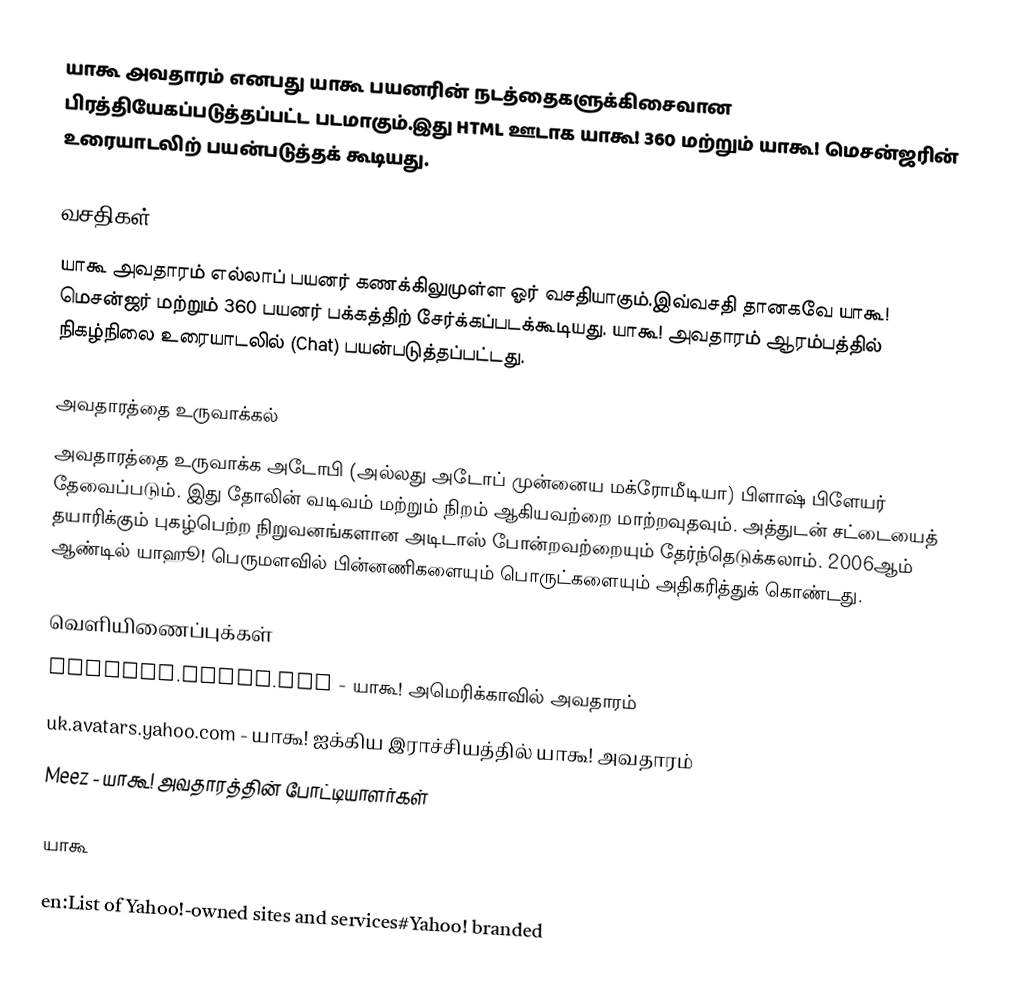
யாகூ அவதாரம் எனபது யாகூ பயனரின் நடத்தைகளுக்கிசைவான பிரத்தியேகப்படுத்தப்பட்ட படமாகும்.இது HTML ஊடாக யாகூ! 360 மற்றும் யாகூ! மெசன்ஜரின் உரையாடலிற் பயன்படுத்தக் கூடியது.

வசதிகள்
யாகூ அவதாரம் எல்லாப் பயனர் கணக்கிலுமுள்ள ஓர் வசதியாகும்.இவ்வசதி தானகவே யாகூ! மெசன்ஜர் மற்றும் 360 பயனர் பக்கத்திற் சேர்க்கப்படக்கூடியது. யாகூ! அவதாரம் ஆரம்பத்தில் நிகழ்நிலை உரையாடலில் (Chat) பயன்படுத்தப்பட்டது.

அவதாரத்தை உருவாக்கல்
அவதாரத்தை உருவாக்க அடோபி (அல்லது அடோப் முன்னைய மக்ரோமீடியா) பிளாஷ் பிளேயர் தேவைப்படும். இது தோலின் வடிவம் மற்றும் நிறம் ஆகியவற்றை மாற்றவுதவும். அத்துடன் சட்டையைத் தயாரிக்கும் புகழ்பெற்ற நிறுவனங்களான அடிடாஸ் போன்றவற்றையும் தேர்ந்தெடுக்கலாம். 2006ஆம் ஆண்டில் யாஹூ! பெருமளவில் பின்னணிகளையும் பொருட்களையும் அதிகரித்துக் கொண்டது.

வெளியிணைப்புக்கள்
avatars.yahoo.com - யாகூ! அமெரிக்காவில் அவதாரம்
uk.avatars.yahoo.com - யாகூ! ஐக்கிய இராச்சியத்தில் யாகூ! அவதாரம்
Meez - யாகூ! அவதாரத்தின் போட்டியாளர்கள்

யாகூ

en:List of Yahoo!-owned sites and services#Yahoo! branded